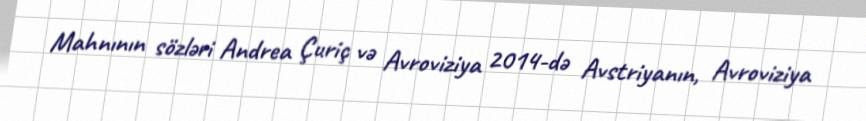
Mahnının sözləri Andrea Çuriç və Avroviziya 2014-də Avstriyanın, Avroviziya